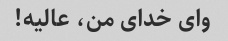
وای خدای من، عالیه!